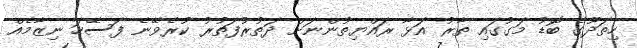
ހިތަދޫގެ ބޮޑު މަގުގައި ތާރު އަޅާ ރައްޔިތުންނަށް ދަތުރުފަތުރު ކުރެވޭނެ ފަސޭހަ ނިޒާމެއް